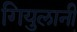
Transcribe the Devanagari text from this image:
गियुलानी